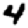
Digit: 4